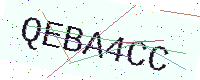
Text: QEBA4CC